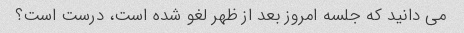
می دانید که جلسه امروز بعد از ظهر لغو شده است، درست است؟